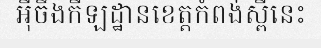
អ៊ីចឹងកីឡដ្ឋានខេត្តកំពង់ស្ពឺនេះ